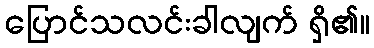
ပြောင်သလင်းခါလျက် ရှိ၏။